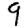
Digit: 9